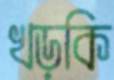
খড়কি